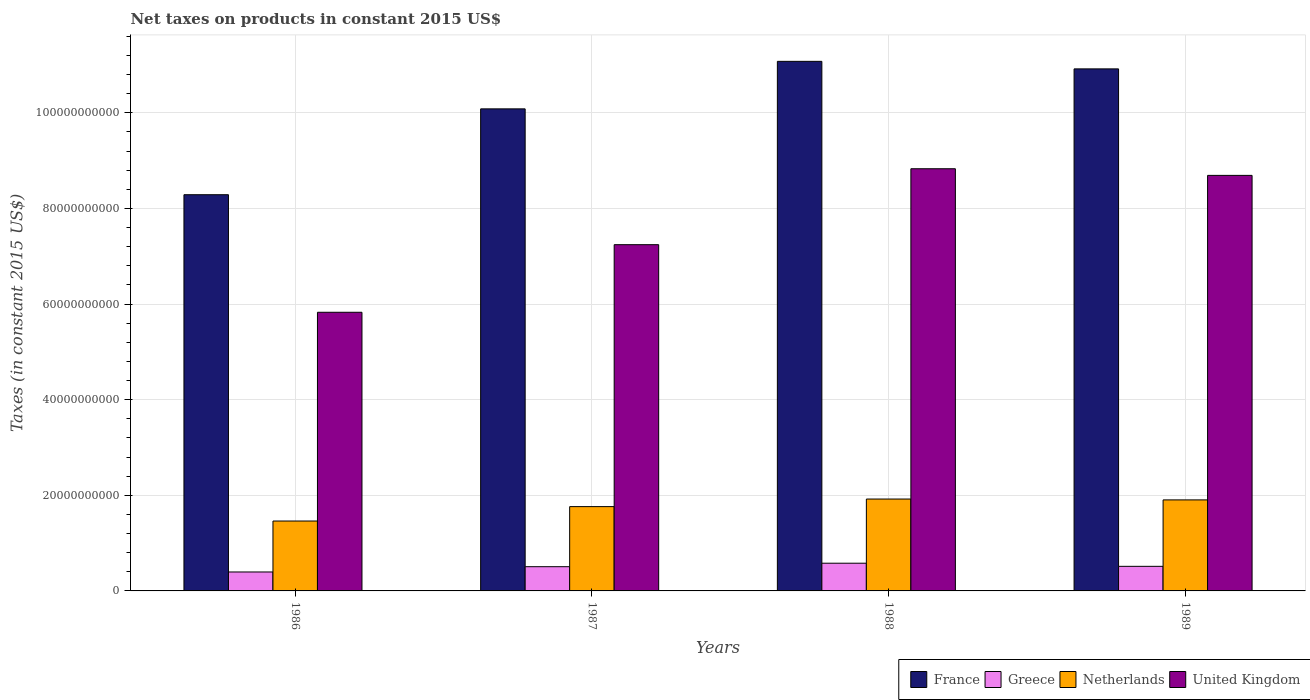
| Years | France | Greece | Netherlands | United Kingdom |
 | --- | --- | --- | --- | --- |
 | 1986 | 8.29e+10 | 3.96e+09 | 1.46e+10 | 5.83e+10 |
 | 1987 | 1.01e+11 | 5.07e+09 | 1.76e+10 | 7.24e+10 |
 | 1988 | 1.11e+11 | 5.8e+09 | 1.92e+10 | 8.83e+10 |
 | 1989 | 1.09e+11 | 5.14e+09 | 1.9e+10 | 8.69e+10 |